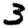
Digit: 3